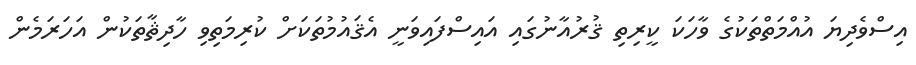
އިސްވެދިޔަ އުއްމަތްތަކުގެ ވާހަކަ ކީރިތި ޤުރުއާނުގައި އައިސްފައިވަނީ އެޤައުމުތަކަށް ކުރިމަތިވި ހާދިޘާތަކުން އަހަރަމެން